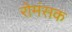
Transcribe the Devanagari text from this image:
रोमंसक